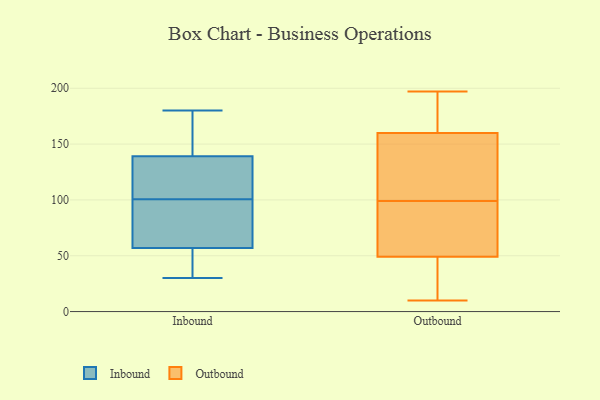
{"axis": {"x": "LTV (USD)", "y": "Value"}, "legend": ["Inbound", "Outbound"], "data": [{"x": "", "y": 61, "type": "Inbound"}, {"x": "", "y": 53, "type": "Inbound"}, {"x": "", "y": 48, "type": "Inbound"}, {"x": "", "y": 140, "type": "Inbound"}, {"x": "", "y": 69, "type": "Inbound"}, {"x": "", "y": 180, "type": "Inbound"}, {"x": "", "y": 131, "type": "Inbound"}, {"x": "", "y": 127, "type": "Inbound"}, {"x": "", "y": 105, "type": "Inbound"}, {"x": "", "y": 140, "type": "Inbound"}, {"x": "", "y": 30, "type": "Inbound"}, {"x": "", "y": 69, "type": "Inbound"}, {"x": "", "y": 173, "type": "Inbound"}, {"x": "", "y": 32, "type": "Inbound"}, {"x": "", "y": 138, "type": "Inbound"}, {"x": "", "y": 96, "type": "Inbound"}, {"x": "", "y": 86, "type": "Outbound"}, {"x": "", "y": 34, "type": "Outbound"}, {"x": "", "y": 197, "type": "Outbound"}, {"x": "", "y": 10, "type": "Outbound"}, {"x": "", "y": 127, "type": "Outbound"}, {"x": "", "y": 36, "type": "Outbound"}, {"x": "", "y": 119, "type": "Outbound"}, {"x": "", "y": 61, "type": "Outbound"}, {"x": "", "y": 87, "type": "Outbound"}, {"x": "", "y": 111, "type": "Outbound"}, {"x": "", "y": 40, "type": "Outbound"}, {"x": "", "y": 160, "type": "Outbound"}, {"x": "", "y": 49, "type": "Outbound"}, {"x": "", "y": 163, "type": "Outbound"}, {"x": "", "y": 74, "type": "Outbound"}, {"x": "", "y": 192, "type": "Outbound"}, {"x": "", "y": 123, "type": "Outbound"}, {"x": "", "y": 171, "type": "Outbound"}]}